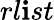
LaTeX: rl\mathbf{i}st